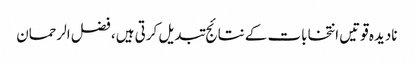
نادیدہ قوتیں انتخابات کے نتائج تبدیل کرتی ہیں، فضل الرحمان